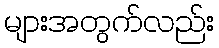
များအတွက်လည်း